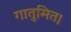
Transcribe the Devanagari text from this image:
गातुमित।